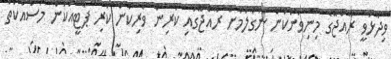
ވިދާޅުވީ ރާއްޖޭގެ މިނިވަންކަން ނަގާލުމަށް ރާއްޖޭގައި ކުރިން ވެރިކަން ކުރި ޕާޓީއަކުން މަސައްކަތް